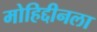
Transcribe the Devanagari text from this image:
मोहिद्दीनला